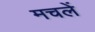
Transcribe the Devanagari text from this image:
मचलें